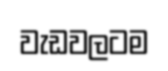
වැඩවලටම